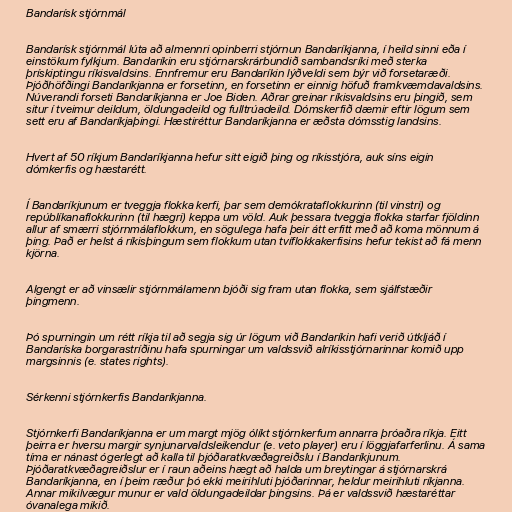
Bandarísk stjórnmál

Bandarísk stjórnmál lúta að almennri opinberri stjórnun Bandaríkjanna, í heild sinni eða í
einstökum fylkjum. Bandaríkin eru stjórnarskrárbundið sambandsríki með sterka
þrískiptingu ríkisvaldsins. Ennfremur eru Bandaríkin lýðveldi sem býr við forsetaræði.
Þjóðhöfðingi Bandaríkjanna er forsetinn, en forsetinn er einnig höfuð framkvæmdavaldsins.
Núverandi forseti Bandaríkjanna er Joe Biden. Aðrar greinar ríkisvaldsins eru þingið, sem
situr í tveimur deildum, öldungadeild og fulltrúadeild. Dómskerfið dæmir eftir lögum sem
sett eru af Bandaríkjaþingi. Hæstiréttur Bandaríkjanna er æðsta dómsstig landsins.

Hvert af 50 ríkjum Bandaríkjanna hefur sitt eigið þing og ríkisstjóra, auk síns eigin
dómkerfis og hæstarétt.

Í Bandaríkjunum er tveggja flokka kerfi, þar sem demókrataflokkurinn (til vinstri) og
repúblíkanaflokkurinn (til hægri) keppa um völd. Auk þessara tveggja flokka starfar fjöldinn
allur af smærri stjórnmálaflokkum, en sögulega hafa þeir átt erfitt með að koma mönnum á
þing. Það er helst á ríkisþingum sem flokkum utan tvíflokkakerfisins hefur tekist að fá menn
kjörna.

Algengt er að vinsælir stjórnmálamenn bjóði sig fram utan flokka, sem sjálfstæðir
þingmenn.

Þó spurningin um rétt ríkja til að segja sig úr lögum við Bandaríkin hafi verið útkljáð í
Bandaríska borgarastríðinu hafa spurningar um valdssvið alríkisstjórnarinnar komið upp
margsinnis (e. states rights).

Sérkenni stjórnkerfis Bandaríkjanna.

Stjórnkerfi Bandaríkjanna er um margt mjög ólíkt stjórnkerfum annarra þróaðra ríkja. Eitt
þeirra er hversu margir synjunarvaldsleikendur (e. veto player) eru í löggjafarferlinu. Á sama
tíma er nánast ógerlegt að kalla til þjóðaratkvæðagreiðslu í Bandaríkjunum.
Þjóðaratkvæðagreiðslur er í raun aðeins hægt að halda um breytingar á stjórnarskrá
Bandaríkjanna, en í þeim ræður þó ekki meirihluti þjóðarinnar, heldur meirihluti ríkjanna.
Annar mikilvægur munur er vald öldungadeildar þingsins. Þá er valdssvið hæstaréttar
óvanalega mikið.